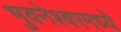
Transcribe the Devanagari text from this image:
भुवनेश्वरमध्ये